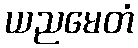
ယညမေတံ